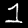
Label: 1